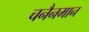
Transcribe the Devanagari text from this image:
चनैनमान